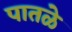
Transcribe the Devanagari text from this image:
पातळे